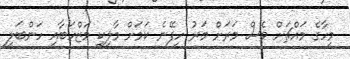
މީހާގެ މައްޗަށް ވެސް މަރަށް މަރު ހިފޭނެ ކަމަށް މާލިކީ މަޒްހަބާއި ހަންބަލީ